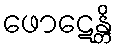
ဖောဋေန္တိ